Document type: Inventory
Year: 1295
Scribe: Pere Marc
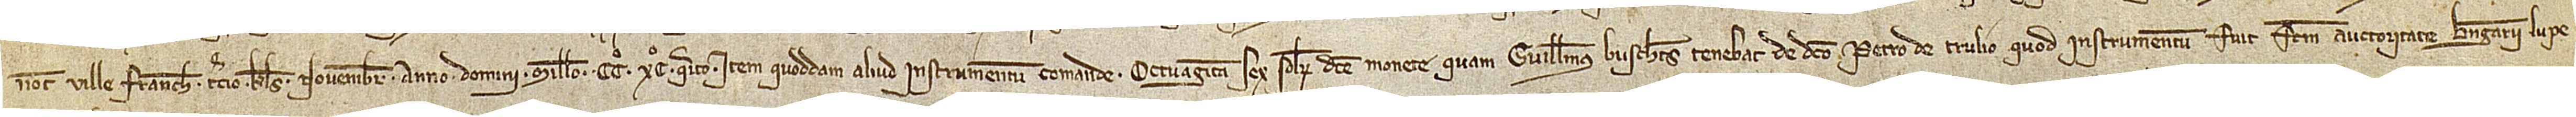
notarii Ville Franche, tercio kalendas novembris, anno Domini millesimo CCº XCº quarto; item, quoddam aliud instrumentum comande octuaginta sex solidorum dicte monete quam Guillelmus Buschets tenebat de dicto Petro de Trulio, quod instrumentum fuit factum auctoritate Berengarii Lupe-